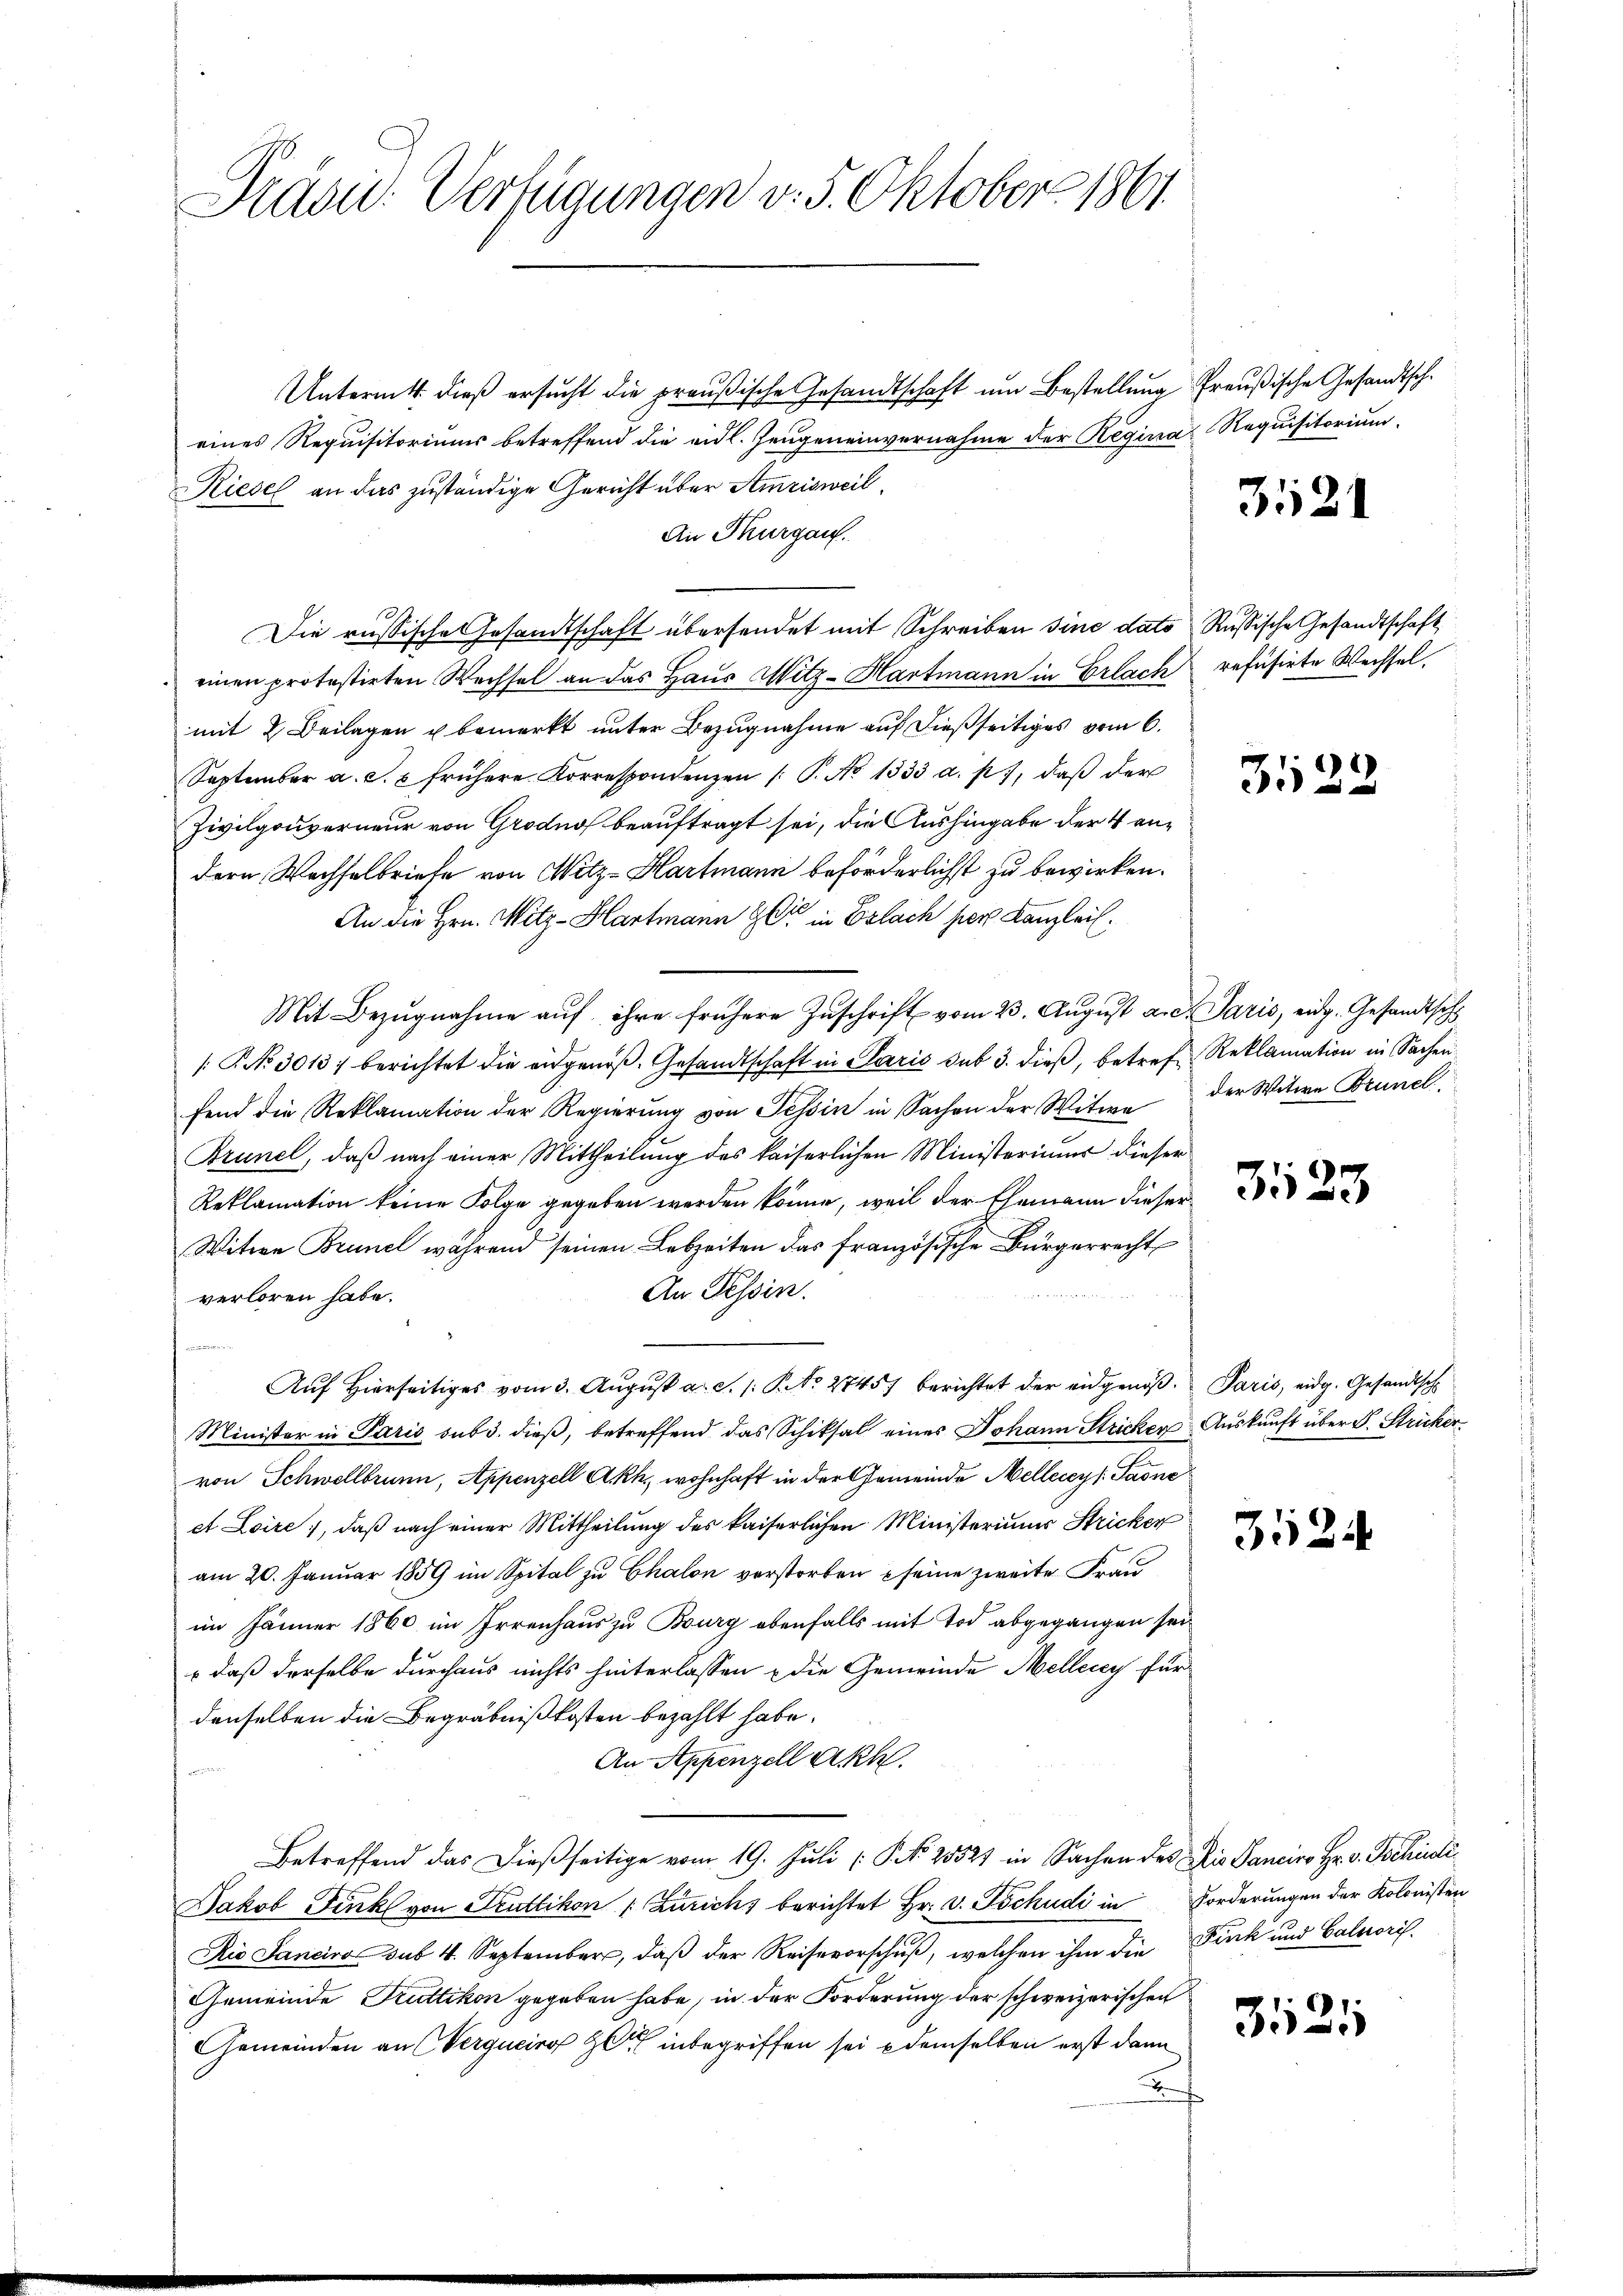
Prau. Verfügungen v. 5. Oktober 1861

Untermitt dieß ersucht die preußische Gesandtschaft um Bestellung Preußische Gesandtsch.
eines Requisitoriums betreffend die eidl. Zeugeneinvernahme der Regirias Requisitorium
Riesel an das zuständige Gericht über Amrisweil
An Thurgau.
d
Die russische Gesandtschaft übersendet mit Schreiben sine dato Russische Gesandtschaft
einen protestirten Wechsel an das Haus Mitz-Hartmann in Erlach refusirte Wechsel,
mit 2 Beilagen u bemerkt unter Bezugnahme auf dießseitiges vom 6.
September a. c. u frühere Korrespondenzen /: P. No 1333 a. p., daβ der
Zivilgouverneur von Grodno beauftragt sei, die Aushingabe der 4 andern Wechselbriefe von Mitz-Hartmann beförderlichst zu bewirken.
An die Hrn. Mitz-Hartmann Gli in Eslach per Kanzlei.
Mit Bezŭgnahme aŭf ihre frühere Zŭschrift vom 23. Aŭgŭst au. Paris, eidg. Gesandtsch
[: No 3013) berichtet die eidgenoß. Gesandtschaft in Paris sub 3. dieß, betref Reklamation in Sachen
fend die Reklamation der Regierŭng von Tessin in Sachen der Witwe der Witwe Brunel,
Brunel, daß nach einer Mittheilung des kaiserlichen Ministeriums dieser
Reklamation keine Folge gegeben werden könne, weil der Ehemann dieser
Witwe Brunel während seinen Lebzeiten das französische Bürgerrecht
An Tessin.
verloren habe.
fnamen
Auf Hierseitiges vom 3. August a. c. /: P. No 2745) berichtet der eidgenos. Paris, eidg. Gesandtsch
Minister in Paris sub 3. dieß, betreffend das Schiksal eines Johann Stricken Auskunft über L. Stricker
von Schwellbrunn, Appenzell Akk., wohnhaft in der Gemeinde Mellerey Sarne
et Loire, daß nach einer Mittheilung des kaiserlichen Ministeriums Stricker
am 20. Januar 1859 im Spital zu Chalon verstorben seine zweite Frau
im Jänner 1860 im Irrenhaus zu Bourg ebenfalls mit Tod abgegangen seio daß derselbe durchaus nichts hinterlassen & die Gemeinde Mellerey für
denselben die Begräbnißkosten bezahlt habe.
An Appenzell Akh.
Betreffend das dießseitige vom 19. Juli [P. Nr. 25523 in Sachen des Dis Sanciro Hr. v. Tschidi¬
Jakob Fenk von Truttikon [Zürich, berichtet Hr. v. Tschudi in Forderungen der Kolonisten
Rio Sanciro sub 4. September, daß der Reisevorschuß, welchen ihm die Funk und Calvori¬
Gemeinde Rüttikon gegeben habe, in der Forderung der schweizerischen
Gemeinden an Vergucirg Z inbegriffen sei demselben erst dann
A

3521

3522

3123

3524

3521